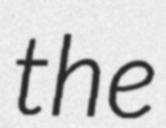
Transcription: the